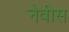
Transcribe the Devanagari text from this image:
नेवीस